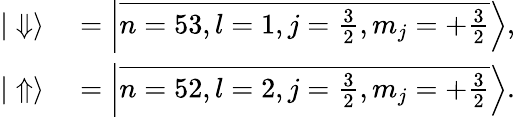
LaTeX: \begin{array}{rl}{|\Downarrow\rangle}&{{}=\left|\overline{{n=53,l=1,j=\frac{3}{2},m_{j}=+\frac{3}{2}}}\right\rangle,}\\ {|\Uparrow\rangle}&{{}=\left|\overline{{n=52,l=2,j=\frac{3}{2},m_{j}=+\frac{3}{2}}}\right\rangle.}\end{array}